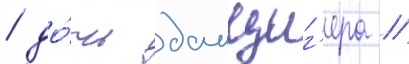
/ до́чь данциг'ера /